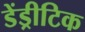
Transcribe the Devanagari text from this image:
डेंड्रीटिक